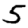
Digit: 5